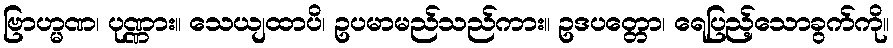
ဗြာဟ္မဏ၊ ပုဏ္ဏား။ သေယျထာပိ၊ ဥပမာမည်သည်ကား။ ဥဒပတ္တော၊ ရေပြည့်သောခွက်ကို။